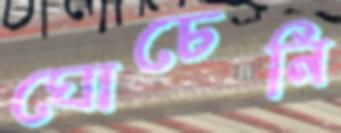
ঘোচেনি